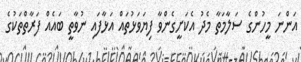
އަންނަ މީހުންގެ ސަލާމަތާ މެދު އެކަށީގެންވާ ފިޔަވަޅުތައް އަޅާފައި ނުވާތީ ބައެއް ފަރާތްތަކުގެ